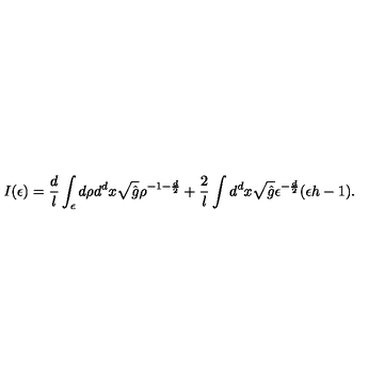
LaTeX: I ( \epsilon ) = \frac { d } l \int _ { \epsilon } d \rho d ^ { d } x \sqrt { \hat { g } } \rho ^ { - 1 - \frac { d } 2 } + \frac 2 l \int d ^ { d } x \sqrt { \hat { g } } \epsilon ^ { - \frac { d } 2 } ( \epsilon h - 1 ) .